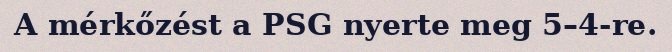
A mérkőzést a PSG nyerte meg 5–4-re.